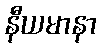
နီယမာနာ